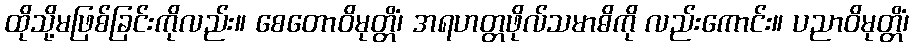
ထိုသို့မဖြစ်ခြင်းကိုလည်း။ စေတောဝိမုတ္တိံ၊ အရဟတ္တဖိုလ်သမာဓိကို လည်းကောင်း။ ပညာဝိမုတ္တိံ၊